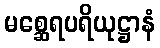
မစ္ဆေရပရိယုဋ္ဌာနံ